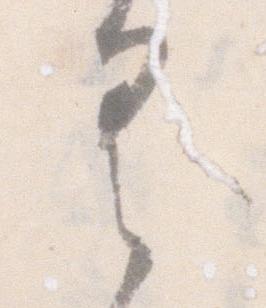
具